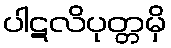
ပါဋလိပုတ္တမှိ